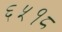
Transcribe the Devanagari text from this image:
६५१८